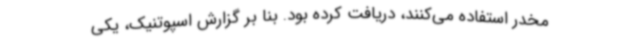
مخدر استفاده می‌کنند، دریافت کرده بود. بنا بر گزارش اسپوتنیک، یکی